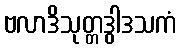
ဗလာဒိသုတ္တဒွါဒသကံ